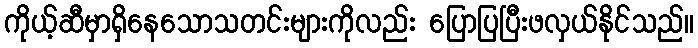
ကိုယ့်ဆီမှာရှိနေသောသတင်းများကိုလည်း ပြောပြပြီးဖလှယ်နိုင်သည်။